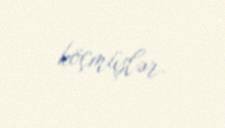
köçmüşlər.